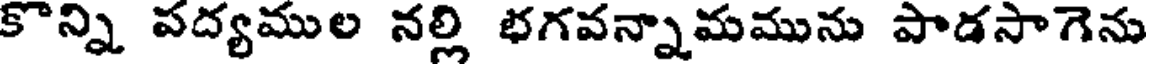
కొన్ని పద్యముల నల్లి భగవన్నామమును పాడసాగెను